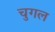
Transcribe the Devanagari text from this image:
चुगल